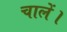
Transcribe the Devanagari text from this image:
चालें।